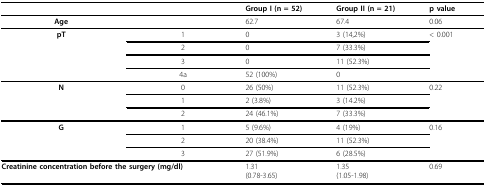
|  |  | Group I (n = 52) | Group II (n = 21) | p value |
 | --- | --- | --- | --- | --- |
 | Age |  | 62.7 | 67.4 | 0.06 |
 | pT | 1 | 0 | 3 (14,2%) | < 0.001 |
 |  | 2 | 0 | 7 (33.3%) |  |
 |  | 3 | 0 | 11 (52.3%) |  |
 |  | 4a | 52 (100%) | 0 |  |
 | N | 0 | 26 (50%) | 11 (52.3%) | 0.22 |
 |  | 1 | 2 (3.8%) | 3 (14.2%) |  |
 |  | 2 | 24 (46.1%) | 7 (33.3%) |  |
 | G | 1 | 5 (9.6%) | 4 (19%) | 0.16 |
 |  | 2 | 20 (38.4%) | 11 (52.3%) |  |
 |  | 3 | 27 (51.9%) | 6 (28.5%) |  |
 | <COLSPAN=2> Creatinine concentration before the surgery (mg/dl) | 1.31(0.78-3.65) | 1.35(1.05-1.98) | 0.69 |